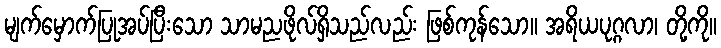
မျက်မှောက်ပြုအပ်ပြီးသော သာမညဖိုလ်ရှိသည်လည်း ဖြစ်ကုန်သော။ အရိယပုဂ္ဂလာ၊ တို့ကို။